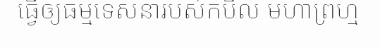
ធ្វើឲ្យធម្មទេសនារបស់កបិល មហាព្រហ្ម